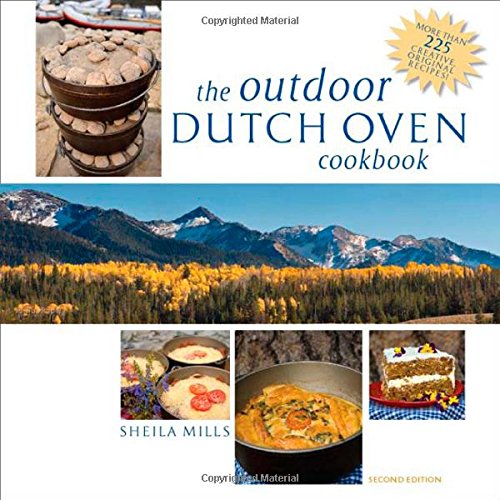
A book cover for The Outdoor Dutch Oven Cookbook, Second Edition; Sheila Mills; Cookbooks, Food & Wine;